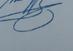
Signature authenticity: genuine